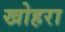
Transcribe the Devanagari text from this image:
खोहरा